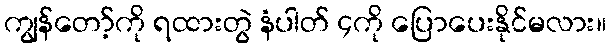
ကျွန်တော့်ကို ရထားတွဲ နံပါတ် ၄ကို ပြောပေးနိုင်မလား။